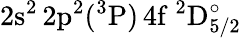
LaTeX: \mathrm{2s^{2}\, 2p^{2}(^{3}P)\, 4f~^{2}D_{5/2}^{\circ}}